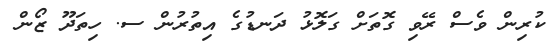
ކުރިން ވެސް ރޭވި ގޮތަށް ގަލޮޅު ދަނޑުގެ އިތުރުން ސ. ހިތަދޫ ޒޯން